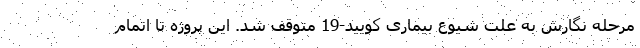
مرحله نگارش به علت شیوع بیماری کویید-19 متوقف شد. این پروژه تا اتمام